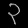
Digit: ၃